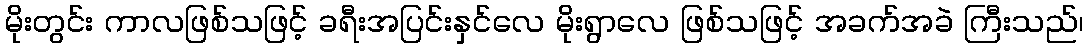
မိုးတွင်း ကာလဖြစ်သဖြင့် ခရီးအပြင်းနှင်လေ မိုးရွာလေ ဖြစ်သဖြင့် အခက်အခဲ ကြီးသည်၊